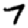
Digit: 7